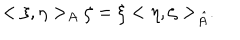
LaTeX: < \xi , \eta > _ { A } \zeta = \xi < \eta , \zeta > _ { \hat { A } } .